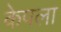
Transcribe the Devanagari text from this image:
केपला